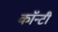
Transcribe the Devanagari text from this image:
काॅन्टी